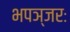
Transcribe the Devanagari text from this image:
भपञ्जरः